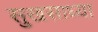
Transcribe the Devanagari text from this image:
सुखसाध्या